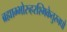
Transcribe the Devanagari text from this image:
ब्रह्माम्भोरुहरश्मिकेतुरनघो